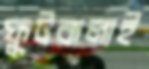
ফুটকলাই